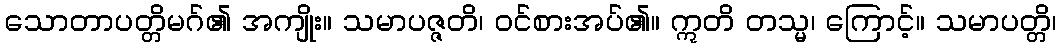
သောတာပတ္တိမဂ်၏ အကျိုး။ သမာပဇ္ဇတိ၊ ဝင်စားအပ်၏။ ဣတိ တသ္မ၊ ကြောင့်။ သမာပတ္တိ၊